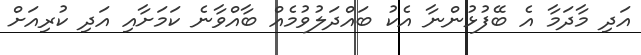
އަދި މާދަމާ އެ ބޭފުޅުންނާ އެކު ބައްދަލުވުމެއް ބާއްވާނެ ކަމަށާއި އަދި ކުރިއަށް